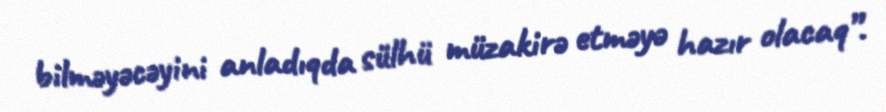
bilməyəcəyini anladıqda sülhü müzakirə etməyə hazır olacaq”.